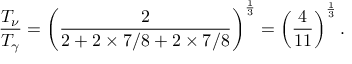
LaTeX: { \frac { T _ { \nu } } { T _ { \gamma } } } = \left( { \frac { 2 } { 2 + 2 \times 7 / 8 + 2 \times 7 / 8 } } \right) ^ { \frac { 1 } { 3 } } = \left( { \frac { 4 } { 1 1 } } \right) ^ { \frac { 1 } { 3 } } .